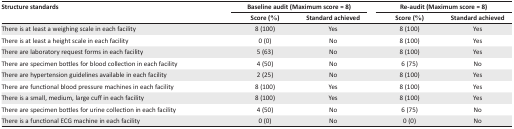
| <ROWSPAN=2> Structure standards | <COLSPAN=2> Baseline audit (Maximum score = 8) | <COLSPAN=2> Re-audit (Maximum score = 8) |
 |  | Score (%) | Standard achieved | Score (%) | Standard achieved |
 | --- | --- | --- | --- | --- |
 | There is at least a weighing scale in each facility | 8 (100) | Yes | 8 (100) | Yes |
 | There is at least a height scale in each facility | 0 (0) | No | 8 (100) | Yes |
 | There are laboratory request forms in each facility | 5 (63) | No | 8 (100) | Yes |
 | There are specimen bottles for blood collection in each facility | 4 (50) | No | 6 (75) | No |
 | There are hypertension guidelines available in each facility | 2 (25) | No | 8 (100) | Yes |
 | There are functional blood pressure machines in each facility | 8 (100) | Yes | 8 (100) | Yes |
 | There is a small, medium, large cuff in each facility | 8 (100) | Yes | 8 (100) | Yes |
 | There are specimen bottles for urine collection in each facility | 4 (50) | No | 6 (75) | No |
 | There is a functional ECG machine in each facility | 0 (0) | No | 0 (0) | No |